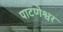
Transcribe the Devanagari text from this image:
पाटणेश्वर